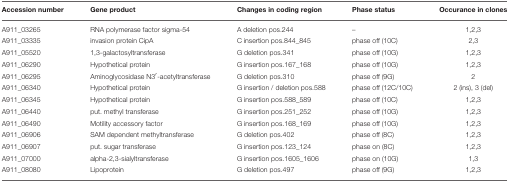
<table><thead><tr><td><b>Accession number</b></td><td><b>Gene product</b></td><td><b>Changes in coding region</b></td><td><b>Phase status</b></td><td><b>Occurance in clones</b></td></tr></thead><tbody><tr><td>A911_03265</td><td>RNA polymerase factor sigma-54</td><td>A deletion pos.244</td><td>–</td><td>1,2,3</td></tr><tr><td>A911_03335</td><td>invasion protein CipA</td><td>C insertion pos.844_845</td><td>phase off (10C)</td><td>2,3</td></tr><tr><td>A911_05520</td><td>1,3-galactosyltransferase</td><td>G deletion pos.341</td><td>phase off (10G)</td><td>1,2,3</td></tr><tr><td>A911_06290</td><td>Hypothetical protein</td><td>G insertion pos.167_168</td><td>phase off (10G)</td><td>1,2,3</td></tr><tr><td>A911_06295</td><td>Aminoglycosidase N3′-acetyltransferase</td><td>G deletion pos.310</td><td>phase off (9G)</td><td>2</td></tr><tr><td>A911_06340</td><td>Hypothetical protein</td><td>G insertion / deletion pos.588</td><td>phase off (12C/10C)</td><td>2 (ins), 3 (del)</td></tr><tr><td>A911_06345</td><td>Hypothetical protein</td><td>G insertion pos.588_589</td><td>phase off (10C)</td><td>1,2,3</td></tr><tr><td>A911_06440</td><td>put. methyl transferase</td><td>G insertion pos.251_252</td><td>phase off (10G)</td><td>1,2,3</td></tr><tr><td>A911_06490</td><td>Motility accessory factor</td><td>G insertion pos.168_169</td><td>phase off (10G)</td><td>1,2,3</td></tr><tr><td>A911_06906</td><td>SAM dependent methyltransferase</td><td>G deletion pos.402</td><td>phase off (8C)</td><td>1,2,3</td></tr><tr><td>A911_06907</td><td>put. sugar transferase</td><td>G insertion pos.123_124</td><td>phase on (8C)</td><td>1,2,3</td></tr><tr><td>A911_07000</td><td>alpha-2,3-sialyltransferase</td><td>G insertion pos.1605_1606</td><td>phase on (10G)</td><td>1,3</td></tr><tr><td>A911_08080</td><td>Lipoprotein</td><td>G deletion pos.497</td><td>phase off (9G)</td><td>1,2,3</td></tr></tbody></table>